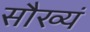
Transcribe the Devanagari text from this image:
सौख्यं